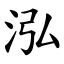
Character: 泓